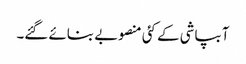
آبپاشی کے کئی منصوبے بنائے گئے۔